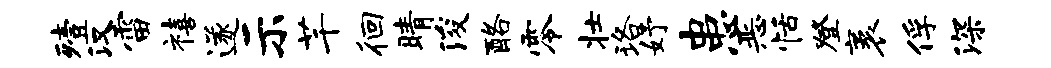
殪汉雷禧遂示芊徊睛浚酪零壮珞妤患恶恬登袤俘深